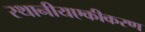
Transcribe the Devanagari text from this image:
स्थानीयएकीकरण